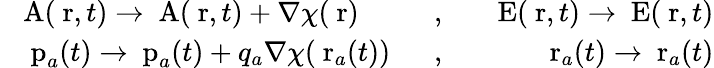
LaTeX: \begin{array}{rlr}{\mathrm{\mathbf~A}(\mathrm{\mathbf~r},t)\to\mathrm{\mathbf~A}(\mathrm{\mathbf~r},t)+\nabla\chi(\mathrm{\mathbf~r})\; \; \; \; \; \; }&{,}&{\; \; \, \mathrm{\mathbf~E}(\mathrm{\mathbf~r},t)\to\mathrm{\mathbf~E}(\mathrm{\mathbf~r},t)}\\ {\; \; \; \mathrm{\mathbf~p}_{a}(t)\to\mathrm{\mathbf~p}_{a}(t)+q_{a}\nabla\chi(\mathrm{\mathbf~r}_{a}(t))\; \; }&{,}&{\; \; \; \mathrm{\mathbf~r}_{a}(t)\to\mathrm{\mathbf~r}_{a}(t)}\end{array}